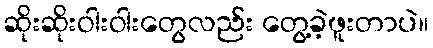
ဆိုးဆိုးဝါးဝါးတွေလည်း တွေ့ခဲ့ဖူးတာပဲ။